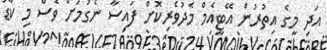
އަދި މީގެ އިތުރުން އޭޓީއެމް މެދުވެރިކޮށް ފައިސާ ނެގުމަށް ވެސް މި ކާޑު